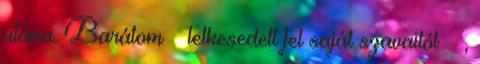
utána. Barátom – lelkesedett fel saját szavaitól – ,